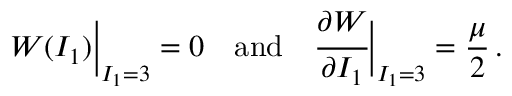
W ( I _ { 1 } ) { \biggr | } _ { I _ { 1 } = 3 } = 0 \quad { \mathrm { a n d } } \quad { \cfrac { \partial W } { \partial I _ { 1 } } } { \biggr | } _ { I _ { 1 } = 3 } = { \frac { \mu } { 2 } } \, .